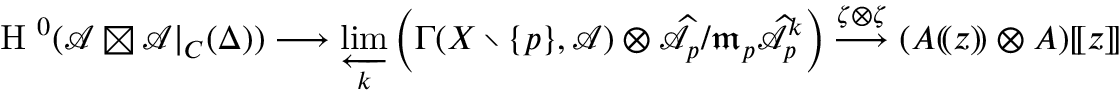
\textnormal { H } ^ { 0 } ( \mathcal { A } \boxtimes \mathcal { A } | _ { C } ( \Delta ) ) \longrightarrow \varprojlim _ { k } \left( \Gamma ( X \setminus \{ p \} , \mathcal { A } ) \otimes \widehat { \mathcal { A } } _ { p } / \mathfrak { m } _ { p } \widehat { \mathcal { A } } _ { p } ^ { k } \right) \stackrel { \zeta \otimes \zeta } { \longrightarrow } ( A ( \! ( z ) \! ) \otimes A ) [ \! [ z ] \! ]